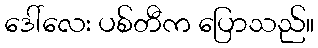
ဒေါ်လေး ပစ်တီက ပြောသည်။